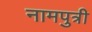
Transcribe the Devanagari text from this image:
नामपुत्री